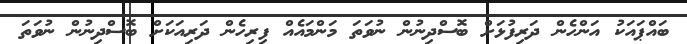
ބައްޕައަކު އަންހެން ދަރިފުޅަށް ބޮސްދިނުން ނުވަތަ މަންމައެއް ފިރިހެން ދަރިއަކަށް ބޮސްދިނުން ނުވަތަ